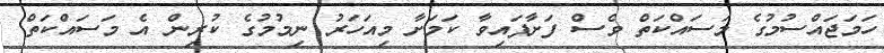
ހަމަޖައްސުމުގެ މަސައްކަތް ވެސް ފަށާފައިވާ ކަމަށާ މިއަހަރު ނިމުމުގެ ކުރިން އެ މަސައްކަތް